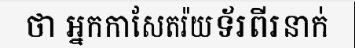
ថា អ្នកកាសែតរ៉យទ័រពីរនាក់